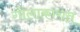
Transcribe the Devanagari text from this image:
गोलाकारात